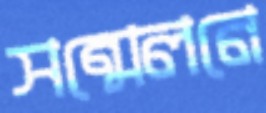
সন্মেলনে